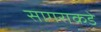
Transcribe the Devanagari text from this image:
सागराकडे